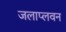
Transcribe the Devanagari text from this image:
जलाप्लवन